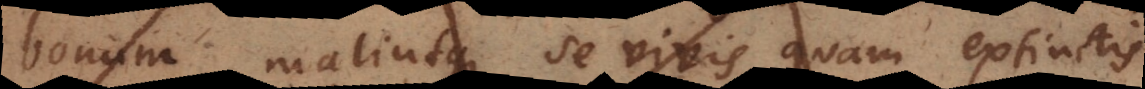
bonum malintque se vivis quam extinctis